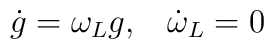
\dot{g}=\omega_{L}g, \;\;\;\dot{\omega}_{L}=0